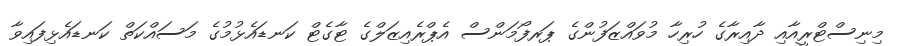
މިނިސްޓްރީއާއި ދާއިރާގެ ހުރިހާ މުވައްޒަފުންގެ ޕަރފޯމަންސް އެޕްރެއިޒަލްގެ ޓާގެޓް ކަނޑައެޅުމުގެ މަސައްކަތް ކަނޑައެޅިފައިވާ